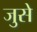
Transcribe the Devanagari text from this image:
जुसे